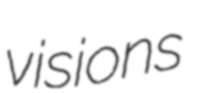
visions